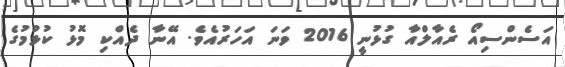
އަސެންސިއޯ ރެއާލްއާ ގުޅުނީ 2016 ވަނަ އަހަރުއެވެ. އޭނާ ދެއްކި މޮޅު ކުޅުމުގެ